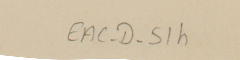
EAC-D-51h